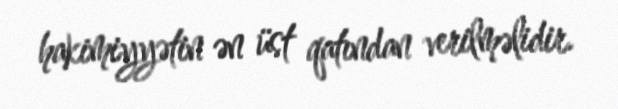
hakimiyyətin ən üst qatından verilməlidir.